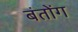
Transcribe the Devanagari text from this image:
बंतोंग